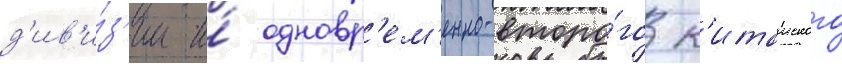
д'ив'и́з'ии и́ одновр'ем'енно-второ́го к'итаиского